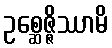
ဥစ္ဆေဇ္ဇိဿာမိ